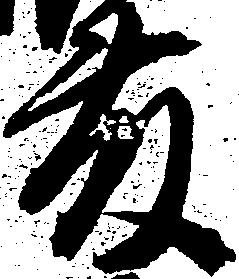
藤